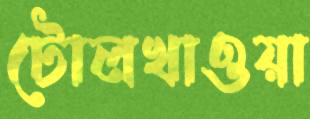
টোলখাওয়া